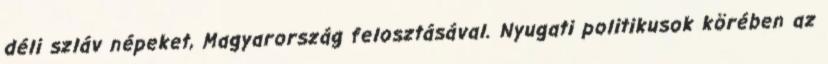
déli szláv népeket, Magyarország felosztásával. Nyugati politikusok körében az